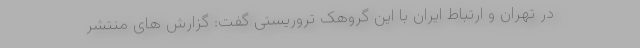
در تهران و ارتباط ایران با این گروهک تروریستی گفت: گزارش های منتشر